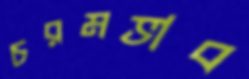
চরমভাব